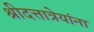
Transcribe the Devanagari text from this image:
श्रीदत्तात्रेयांना